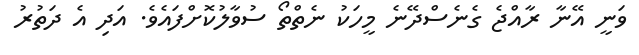
ވަނީ އޭނާ ރާއްޖެ ގެނެސްދޭނެ މީހަކު ނެތްތޯ ސުވާލުކޮށްފައެވެ. އަދި އެ ދަތުރު